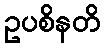
ဥပစိနတိ